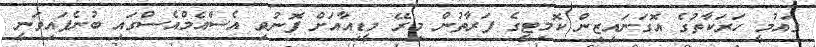
ގައުމީ ހަަރަކާތުގެ އޮގަނައިޒިން ކޮމިޓީގެ ފަރާތުން މިރޭ މީޑިއާއަށް ފޮނުވި އެސްއެމްއެސްގައި ބުނެފައިވަނީ